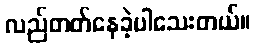
လည်တတ်နေခဲ့ပါသေးတယ်။